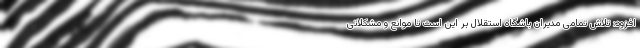
افزود: تلاش تمامی مدیران باشگاه استقلال بر این است تا موانع و مشکلاتی